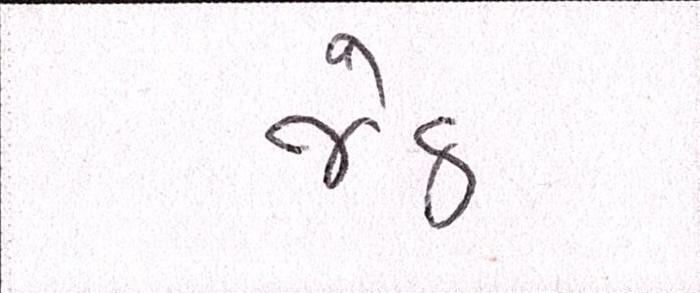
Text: જેઠ